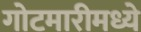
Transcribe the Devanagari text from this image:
गोटमारीमध्ये